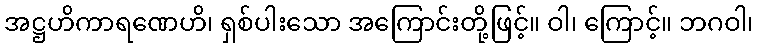
အဋ္ဌဟိကာရဏေဟိ၊ ရှစ်ပါးသော အကြောင်းတို့ဖြင့်။ ဝါ၊ ကြောင့်။ ဘဂဝါ၊